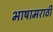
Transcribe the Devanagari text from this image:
भाषामराठी